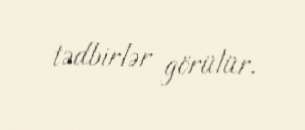
tədbirlər görülür.